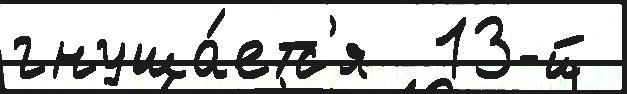
гнуша́етс'я  13-й